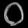
Digit: ၀